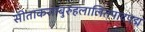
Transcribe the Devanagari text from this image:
सीताकराम्बुरुहलालितपादपद्म